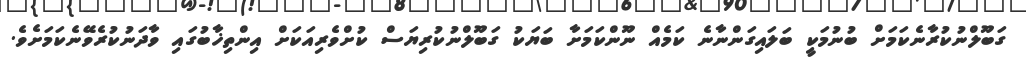
ގަބޫލްނުކުރާނެކަމަށް ބުނުމަކީ ބަލައިގަންނާނެ ކަމެއް ނޫންކަމަށާ ބަޔަކު ގަބޫލްނުކުރިޔަސް ކުށްވެރިއަކަށް އިންތިޚާބުގައި ވާދަނުކުރެވޭނެކަމަށެވެ.